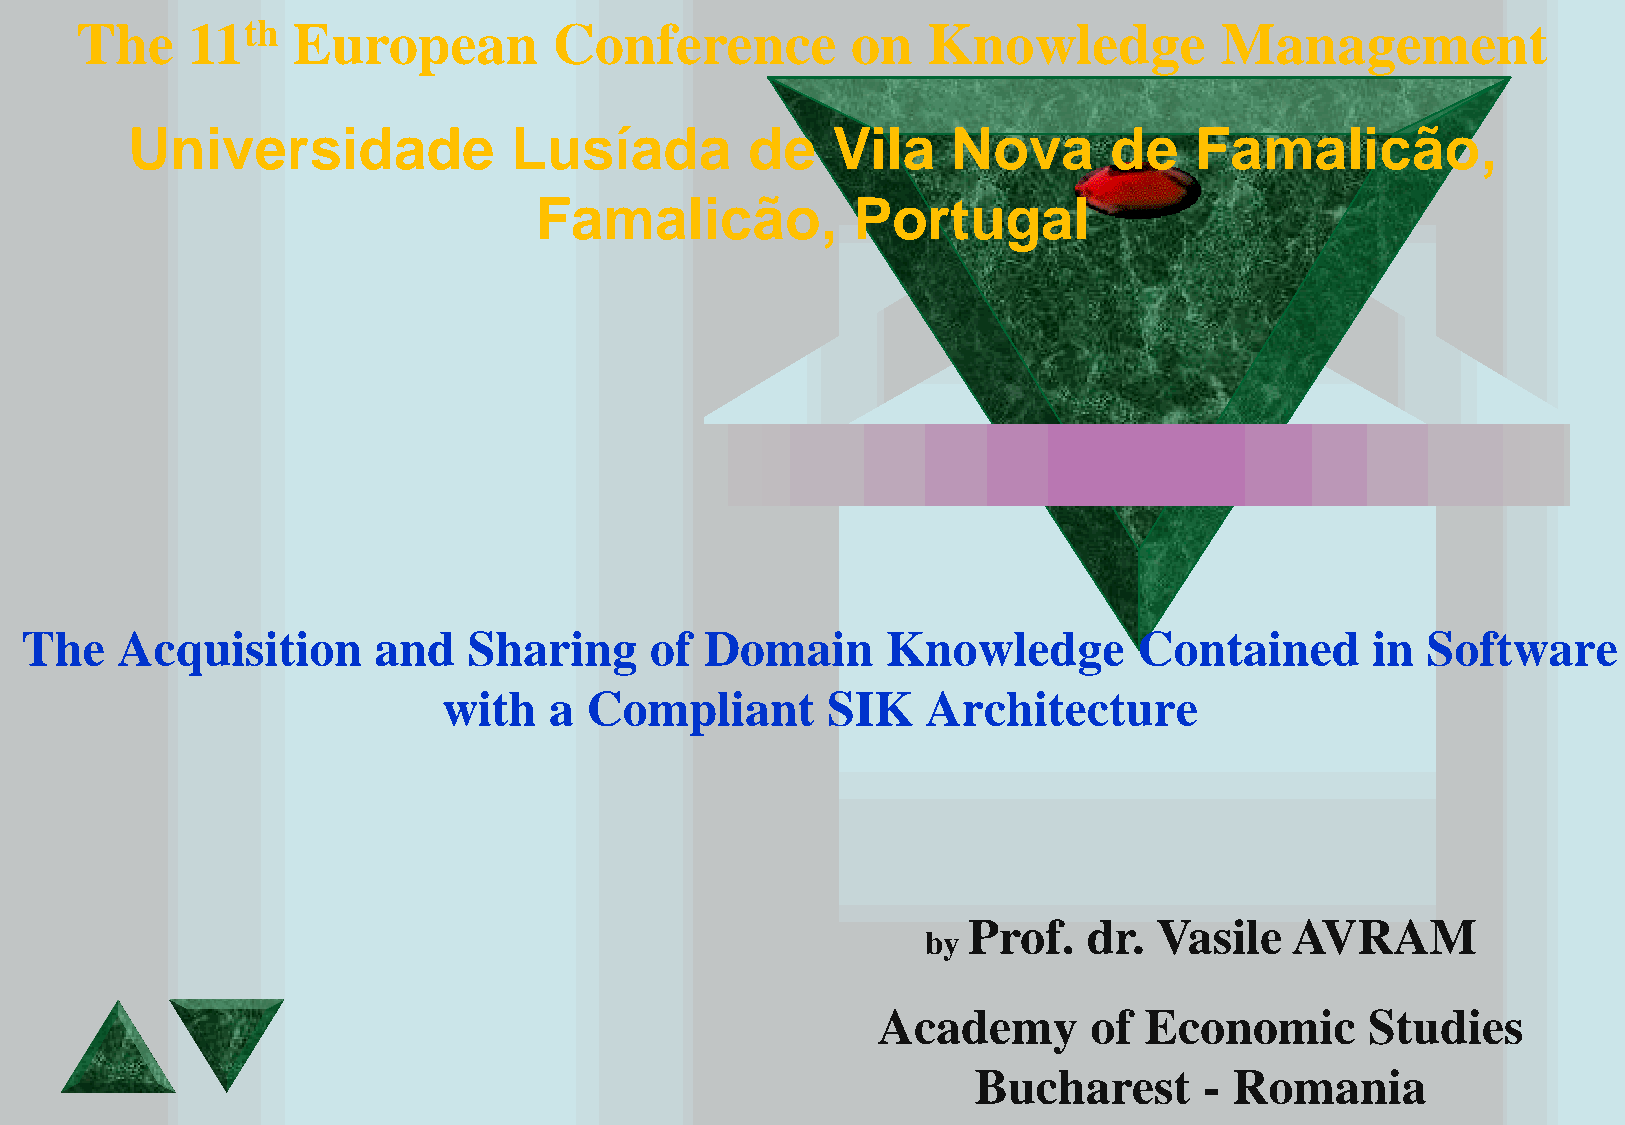
The    11th   European          Conference         on   Knowledge           Management
 Universidade              Lusíada         de   Vila    Nova      de    Famalicão,
 Famalicão,           Portugal
 The    Acquisition      and   Sharing     of  Domain      Knowledge       Contained       in Software
 with   a  Compliant       SIK   Architecture
 Prof.   dr.  Vasile   AVRAM
 by
 Academy       of  Economic       Studies
 Bucharest      - Romania